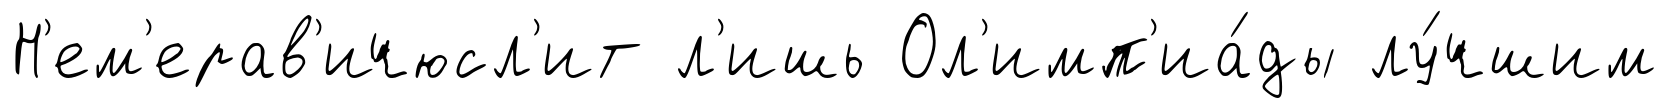
Н'ем'ерав'ичюсл'ит л'ишь Ол'имп'иа́ды лу́чшим